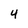
Character: 4